Annual report on the working of the mental hospitals in the Madras Presidency - 1912-1932
Year: 1912
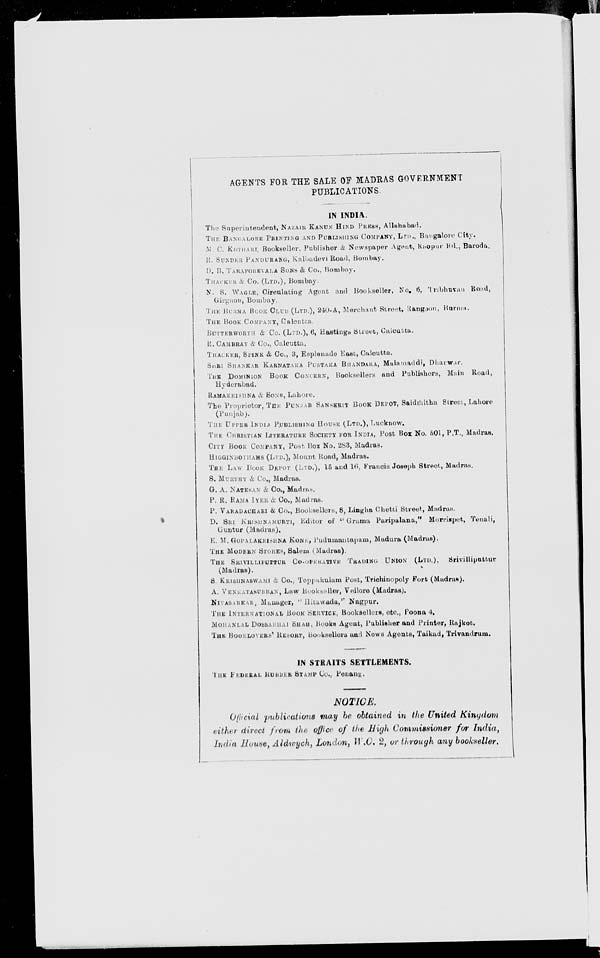
AGENTS FOR THE SALE OF MADRAS GOVERNMENT
PUBLICATIONS.
IN INDIA.
The Superintendent, NAZAIR KANUN HIND PRESS, Allahabad.
THE BANGALORE PRINTING AND PUBLISHING COMPANY, LTD., Bangalore City.
M. C. KOTHARI. Bookseller, Publisher & Newspaper Agent, Raopur Rd., Baroda.
R. SUNDER PANDURANG, Kalbadevi Road, Bombay.
D. B. TARAPOREVALA SONS & Co., Bombay.
THACKER & Co. (LTD.), Bombay.
N. S. WAGLE, Circulating Agent and Bookseller, No. 6, Tribhuvan Road,
Girgaon, Bombay.
THE BURMA BOOK CLUB (LTD.), 240-A, Merchant Street, Rangoon, Burma.
THE BOOK COMPANY, Calcutta.
BUTTERWORTH & Co. (LTD.), 6, Hastings Street, Calcutta.
R. CAMBRAY & Co., Calcutta.
THACKER, SPINK & Co., 3, Esplanade East, Calcutta.
SHRI SHANKAR KARNATAKA PUSTAKA BHANDARA, Malamaddi, Dharwar.
THE DOMINION BOOK CONCERN, Booksellers and Publishers, Main Road,
Hyderabad.
RAMAKRISHNA & SONS, Lahore.
The Proprietor, THE PUNJAB SANSKRIT BOOK DEPOT, Saidmitha Street, Lahore
(Punjab).
THE UPPER INDIA PUBLISHING HOUSE (LTD.), Lucknow.
THE CHRISTIAN LITERATURE SOCIETY FOR INDIA, Post Box No. 501, P.T., Madras.
CITY BOOK COMPANY, Post Box No. 283, Madras.
HIGGINBOTHAMS (LTD.), Mount Road, Madras.
THE LAW BOOK DEPOT (LTD.), 15 and 16, Francis Joseph Street, Madras.
S. MURTHY & Co., Madras.
G. A. NATESAN & Co., Madras.
P. R. RAMA IYER & Co., Madras.
P. VARADACHARI & Co., Booksellers, 8, Lingha Chetti Street, Madras.
D. SRI KRISHNAMURTI, Editor of " Grama Paripalana," Morrispet, Tenali,
Guntur (Madras).
E. M. GOPALAKRISHNA KONE, Pudumantapam, Madura (Madras).
THE MODERN STORES, Salem (Madras).
THE SRIVILLIPUTTUR CO-OPERATIVE TRADING UNION (LTD.),
Srivilliputtur
(Madras).
S. KRISHNASWAMI & Co., Teppukulam Post, Trichinopoly Fort (Madras).
A. VENKATASUBBAN, Law Bookseller, Vellore (Madras).
NIYASARKAR, Manager, " Hitawada," Nagpur.
THE INTERNATIONAL BOOK SERVICE, Booksellers, etc., Poona 4.
MOHANLAL DOSSABHAI SHAH, Books Agent, Publisher and Printer, Rajkot.
THE BOOKLOVERS' RESORT, Booksellers and News Agents, Taikad, Trivandrum.
IN STRAITS SETTLEMENTS.
THE FEDERAL RUBBER STAMP Co., Penang.
NOTICE.
Official publications may be obtained in the United Kingdom
either direct from the office of the High Commissioner for India,
India House, Aldwych, London, W.C. 2, or through any bookseller.